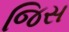
જિસ